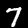
Digit: 7